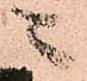
ニ